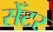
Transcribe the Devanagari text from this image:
सेँटर